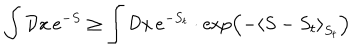
\int { \cal D } x \, e ^ { - S } \geq \int { \cal D } x \, e ^ { - S _ { t } } \cdot \exp \Bigl ( - \left< S - S _ { t } \right> _ { S _ { t } } \Bigr )